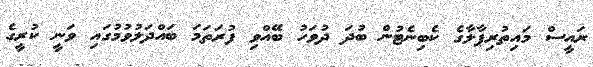
ރައީސް މައިތުރިޕާލާގެ ކެބިނެޓުން ބުދަ ދުވަހު ބޭއްވި ފުރަތަމަ ބައްދަލުވުމުގައި ވަނީ ކުރީގެ